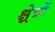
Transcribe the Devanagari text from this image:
क्ष्रेत्रों